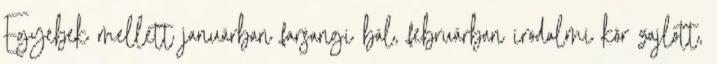
Egyebek mellett januárban farsangi bál, februárban irodalmi kör zajlott,